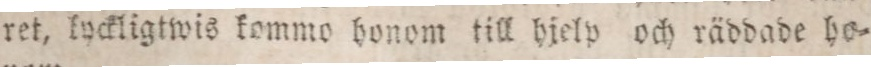
ret, lyckligtwis kommo honom till hjelp och räddade ho=